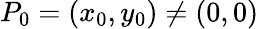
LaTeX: P_{0}=(x_{0},y_{0})\neq(0,0)